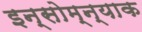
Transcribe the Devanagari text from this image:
इन्सोम्न्याक